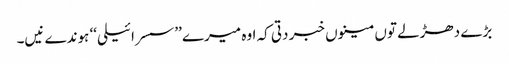
بڑے دھڑلے توں مینوں خبر دتی کہ اوہ میرے ’’سسرائیلی‘‘ ہوندے نیں۔